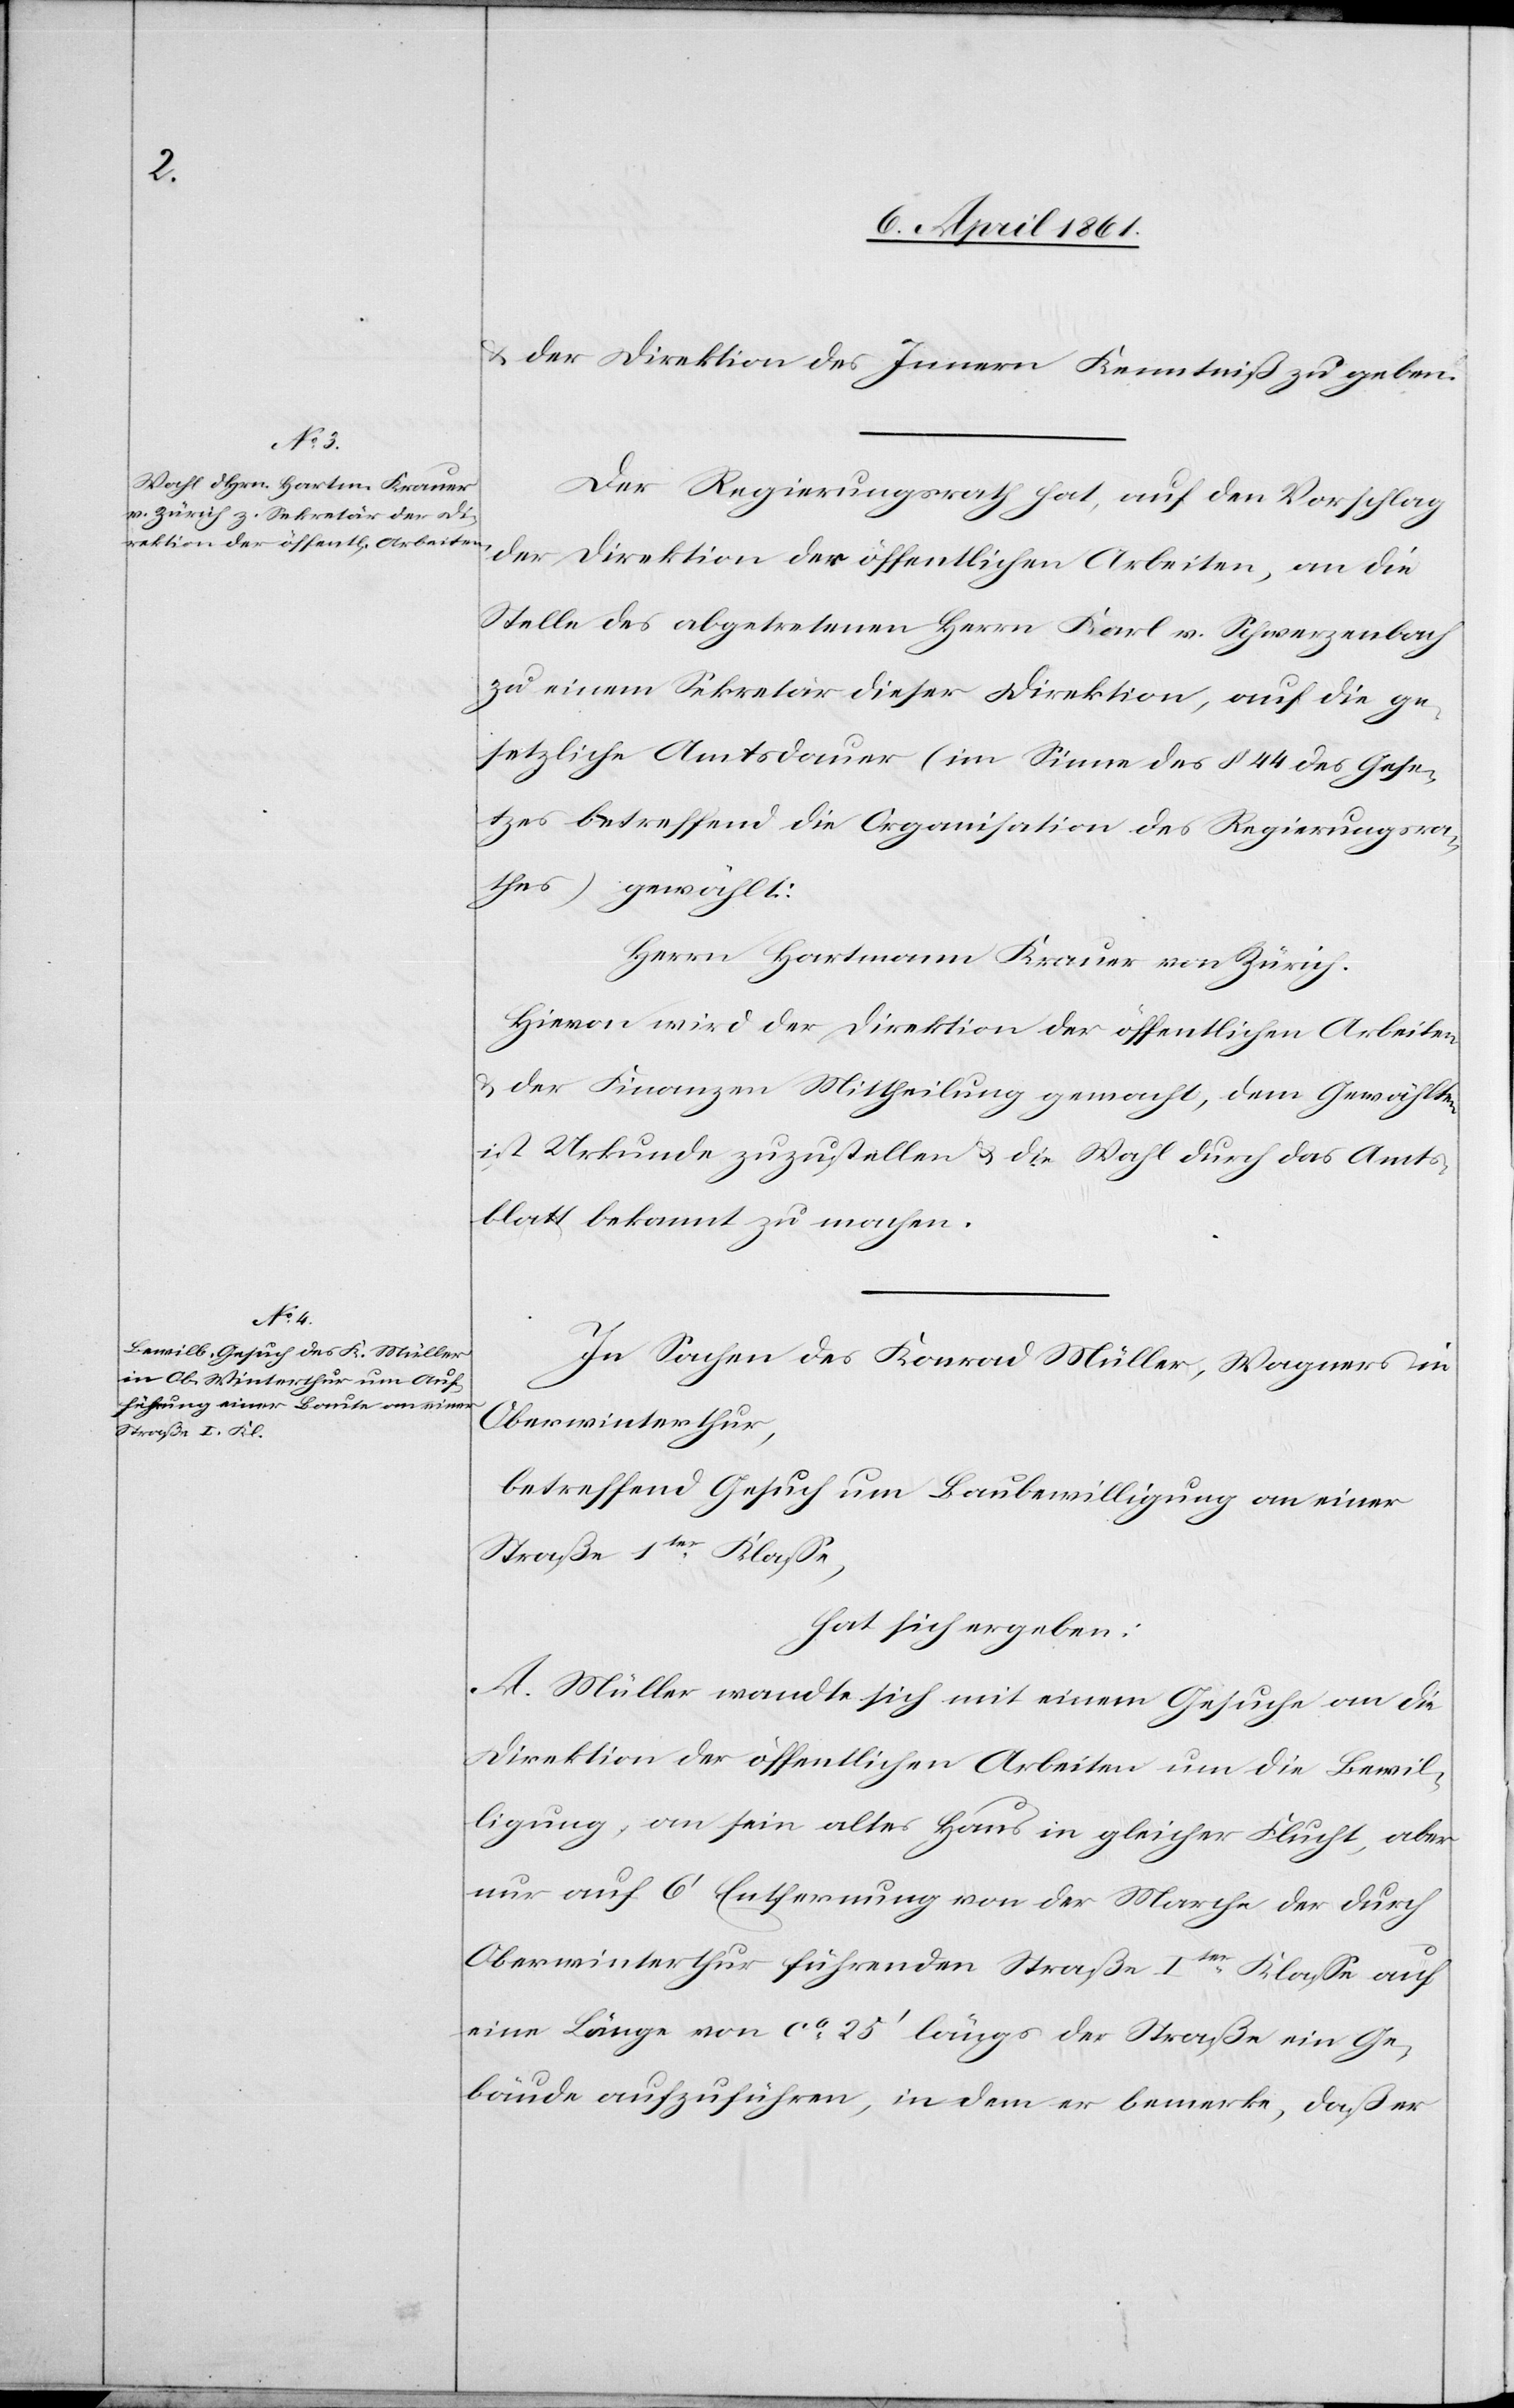
u. der Direktion des Innern Kenntniß zu geben.
Der Regierungsrath hat, auf den Vorschlag
der Direktion der öffentlichen Arbeiten, an die
Stelle des abgetretenen Herrn Karl v. Schwerzenbach
zu einem Sekretär dieser Direktion, auf die ge¬
setzliche Amtsdauer (im Sinne des § 44 des Gese¬
tzes betreffend die Organisation des Regierungsra¬
thes) gewählt:
Herrn Hartmann Krauer von Zürich.
Hievon wird der Direktion der öffentlichen Arbeiten
u. der Finanzen Mittheilung gemacht, dem Gewählten
ist Urkunde zuzustellen u. die Wahl durch das Amts¬
blatt bekannt zu machen.
In Sachen des Konrad Müller, Wagners in
Oberwinterthur,
betreffend Gesuch um Baubewilligung an einer
Straße 1ter Klasse,
hat sich ergeben:
A. Müller wandte sich mit einem Gesuche an die
Direktion der öffentlichen Arbeiten um die Bewil¬
ligung, an sein altes Haus in gleicher Flucht, aber
nur auf 6’ Entfernung von der Marche der durch
Oberwinterthur führenden Straße Iter Klasse auf
eine Länge von ca 25’ längs der Straße ein Ge¬
bäude aufzuführen, indem er bemerke, daß er